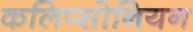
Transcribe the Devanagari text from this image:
कलिप्सोनियन